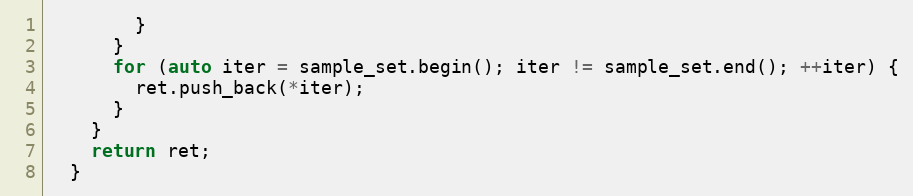
Language: C
        }
      }
      for (auto iter = sample_set.begin(); iter != sample_set.end(); ++iter) {
        ret.push_back(*iter);
      }
    }
    return ret;
  }